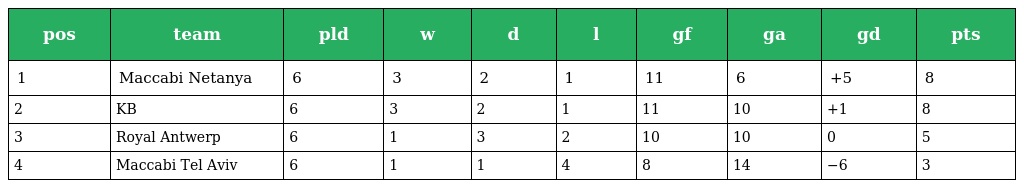
| pos | team | pld | w | d | l | gf | ga | gd | pts |
 | --- | --- | --- | --- | --- | --- | --- | --- | --- | --- |
 | 1 | Maccabi Netanya | 6 | 3 | 2 | 1 | 11 | 6 | +5 | 8 |
 | 2 | KB | 6 | 3 | 2 | 1 | 11 | 10 | +1 | 8 |
 | 3 | Royal Antwerp | 6 | 1 | 3 | 2 | 10 | 10 | 0 | 5 |
 | 4 | Maccabi Tel Aviv | 6 | 1 | 1 | 4 | 8 | 14 | −6 | 3 |